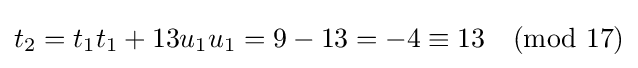
t_{2}=t_{1}t_{1}+13u_{1}u_{1}=9-13=-4\equiv 13{\pmod {17}}